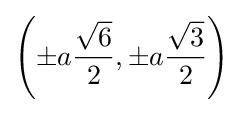
\left(\pm a{\frac {\sqrt {6}}{2}},\pm a{\frac {\sqrt {3}}{2}}\right)